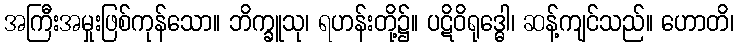
အကြီးအမှုးဖြစ်ကုန်သော။ ဘိက္ခူသု၊ ရဟန်းတို့၌။ ပဋိဝိရုဒ္ဓေါ၊ ဆန့်ကျင်သည်။ ဟောတိ၊